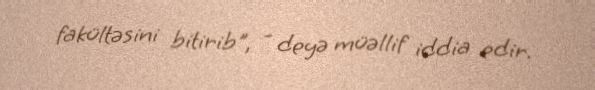
fakültəsini bitirib", - deyə müəllif iddia edir.